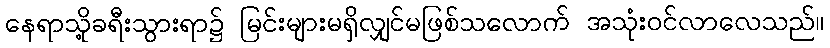
နေရာသို့ခရီးသွားရာ၌ မြင်းများမရှိလျှင်မဖြစ်သလောက် အသုံးဝင်လာလေသည်။